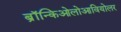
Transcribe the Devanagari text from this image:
ब्रॉन्किओलोआवियोलर